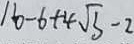
1 6 - 6 + 4 \sqrt { 3 } - 2